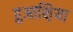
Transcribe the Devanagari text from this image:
हुआश़िया